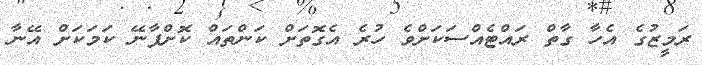
ރަމީޒުގެ އެހާ ގާތް ރައްޓެއްސަކަށްވެ ހުރެ އެގޮތަށް ކަންތައް ކޮށްފާނޭ ކަމަކަށް އޭނާ